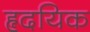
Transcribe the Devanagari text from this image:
हृदयिक